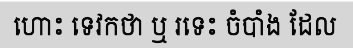
ហោះ ទេវកថា ឬ រទេះ ចំបាំង ដែល